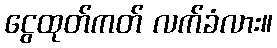
ငွေထုတ်ကတ် လက်ခံလား။